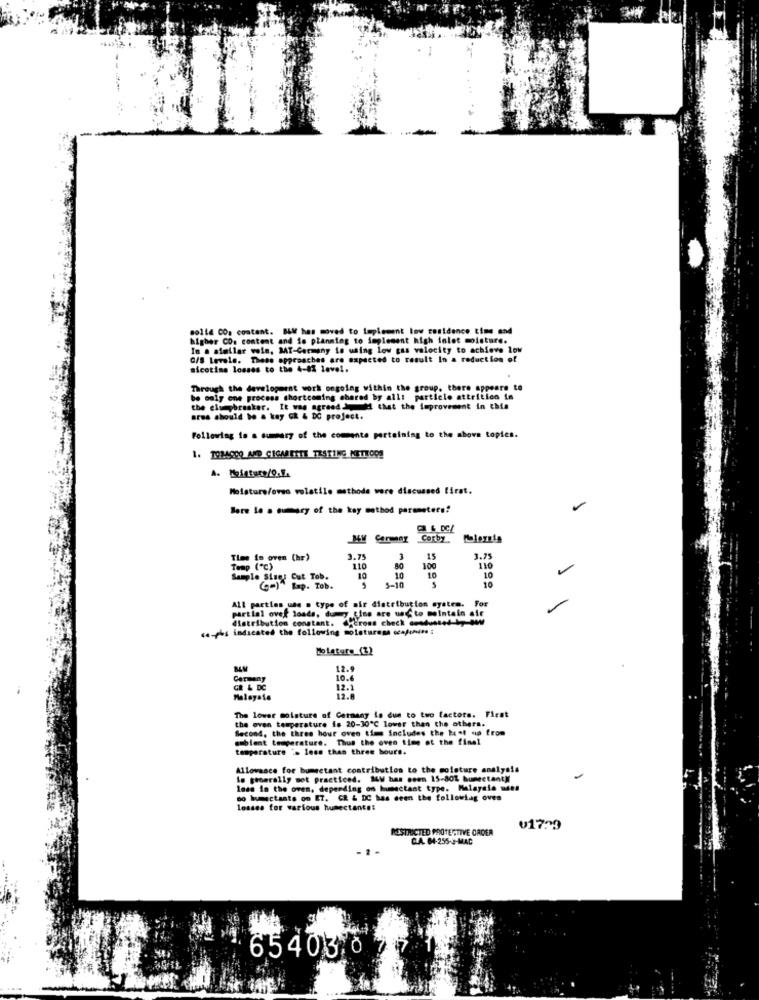
solid CO. content. BLW has moved to Implement low residence time and
higher CO. content and So planning to implement high inlet moisture.
In a similar wein, MT-Germany io using low gas velocity to achieve low
G/S Levels. These approaches are expected to result In a reduction of
nicotine losses to the 4-82 level.
Through the developernt work ongoing within the group. there appears to
bo caly one process shortcoming shared by allt particle attrition in
the clu pbrasker. It was agreed d that the improvement in this
Bres should be a kay GR 4 DC project.
Following to a summary of the comments pertaining to the above topies.
1. TOBACCO AND CIGARETTE TZ4TING KETTOOS
Moisture/oveo volatile methode were discussed firat.
Bere le a oumary of the kay method parameters?
@ & DCL
Time in oven (hr)
3.75
3
15
3.75
Temp ("℃)
110
80
100
Sample Sines Cut Tob.
10
10
10
10
10
(-) Imp. Tob.
5-10
All parties ute . type of air distribution system. For
partial over loads, dumy ins are u to maintain afe
distribution constant. @crons check andused 1 ,-
we-phs indicated the following moisturesa ccafchies :
Holature (2)
12.9
Carmeny
10.6
GR & DC
12.1
Malaysia
12.8
The lower moisture of Germany is due to two factors. First
the oven temperature is 20-30"℃ lower than the others.
4, the three hour oven tim includes the best no from
ambient temperature. Thus the oven time of the final
temperature :> less than three hours.
Allowance for bumsctant contribution to the moisture analysis
le geberally mot practiced. 14W has ceen 15-801 bumeetanty
loss in the oven, depending on humectant type. Malaysia mens
oo humectante om ET. GR & DC has seen the following oves
losses for various humectante:
RESTRICTED PROTECTIVE ORDER
017,9
CA. 84-255-3-MAC
65403.0